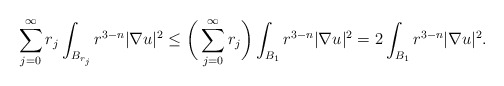
\begin{align*}\sum_{j = 0}^{\infty} r_j \int_{B_{r_j}} r^{3-n} |\nabla u|^2 \leq \bigg(\sum_{j = 0}^{\infty} r_j \bigg) \int_{B_{1}} r^{3-n} |\nabla u|^2 = 2 \int_{B_{1}} r^{3-n} |\nabla u|^2.\end{align*}